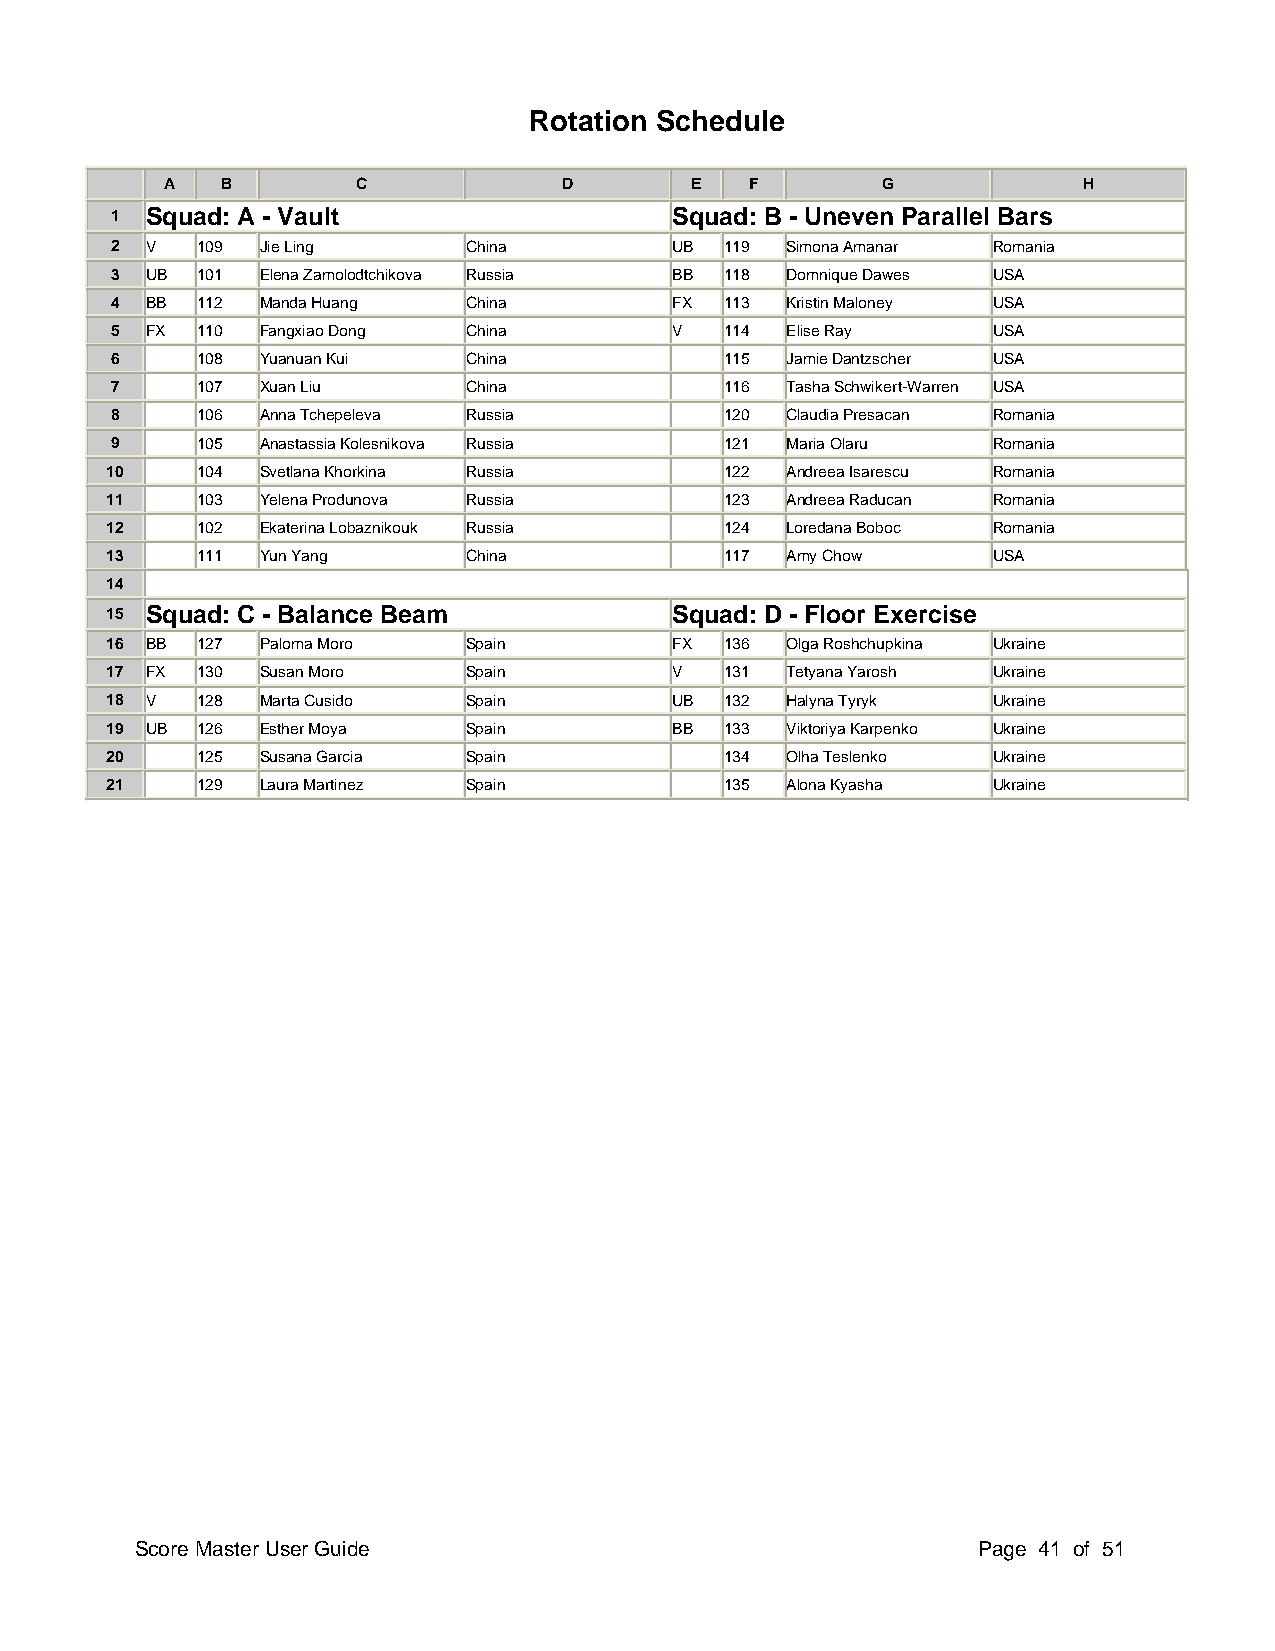
Rotation Schedule
 A   B        C            D        E   F       G             H
 1  Squad: A - Vault                   Squad: B - Uneven Parallel Bars
 2  V  109 Jie Ling      China         UB 119 Simona Amanar Romania
 3  UB 101 Elena Zamolodtchikova Russia BB 118 Domnique Dawes USA
 4  BB 112 Manda Huang   China         FX 113 Kristin Maloney USA
 5  FX 110 Fangxiao Dong China         V  114 Elise Ray     USA
 6     108 Yuanuan Kui   China            115 Jamie Dantzscher USA
 7     107 Xuan Liu      China            116 Tasha Schwikert-Warren USA
 8     106 Anna Tchepeleva Russia         120 Claudia Presacan Romania
 9     105 Anastassia Kolesnikova Russia  121 Maria Olaru   Romania
 10    104 Svetlana Khorkina Russia       122 Andreea Isarescu Romania
 11    103 Yelena Produnova Russia        123 Andreea Raducan Romania
 12    102 Ekaterina Lobaznikouk Russia   124 Loredana Boboc Romania
 13    111 Yun Yang      China            117 Amy Chow      USA
 14
 15 Squad: C - Balance Beam            Squad: D - Floor Exercise
 16 BB 127 Paloma Moro   Spain         FX 136 Olga Roshchupkina Ukraine
 17 FX 130 Susan Moro    Spain         V  131 Tetyana Yarosh Ukraine
 18 V  128 Marta Cusido  Spain         UB 132 Halyna Tyryk  Ukraine
 19 UB 126 Esther Moya   Spain         BB 133 Viktoriya Karpenko Ukraine
 20    125 Susana Garcia Spain            134 Olha Teslenko Ukraine
 21    129 Laura Martinez Spain           135 Alona Kyasha  Ukraine
 Score Master User Guide                                 Page 41 of 51